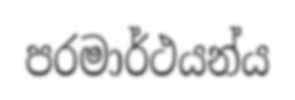
පරමාර්ථයන්ය